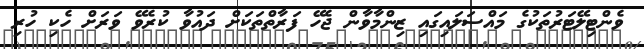
ވެންޓިލޭޓަރުތަކުގެ މައްސަލައިގައި ޒިންމާވާން ޖެހޭ ފަރާތްތަކަށް ދައުވާ ކުރެވޭ ވަރަށް ހެކި ހުރި